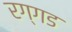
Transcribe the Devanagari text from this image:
रग्गड